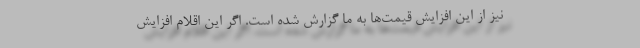
نیز از این افزایش قیمت‌ها به ما گزارش شده است. اگر این اقلام افزایش